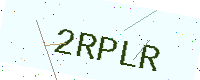
Text: 2RPLR